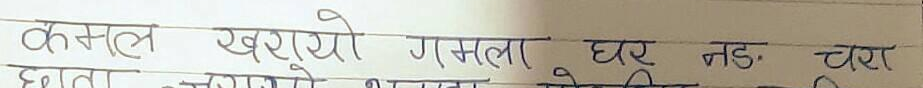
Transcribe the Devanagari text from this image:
कमल खरोयो गमला घर नड चरा
छाता जगायो